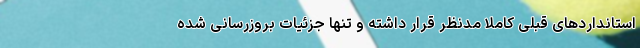
استانداردهای قبلی کاملا مدنظر قرار داشته و تنها جزئیات بروزرسانی شده